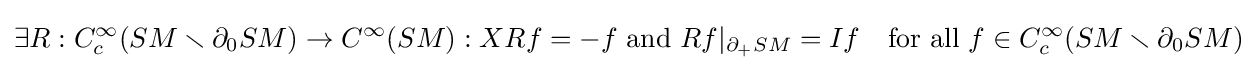
\exists R:C_{c}^{\infty }(SM\smallsetminus \partial _{0}SM)\rightarrow C^{\infty }(SM):XRf=-f{\text{ and }}Rf\vert _{\partial _{+}SM}=If\quad {\text{for all }}f\in C_{c}^{\infty }(SM\smallsetminus \partial _{0}SM)